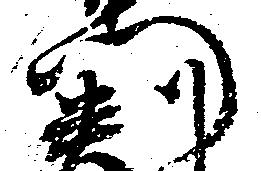
門